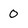
Character: 0